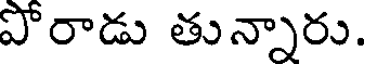
పోరాడు తున్నారు.